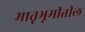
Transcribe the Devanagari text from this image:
मातृभूमीतील